Civil Veterinary Dept. Bombay admin report 1893-99 - 1893-1899
Year: 1893
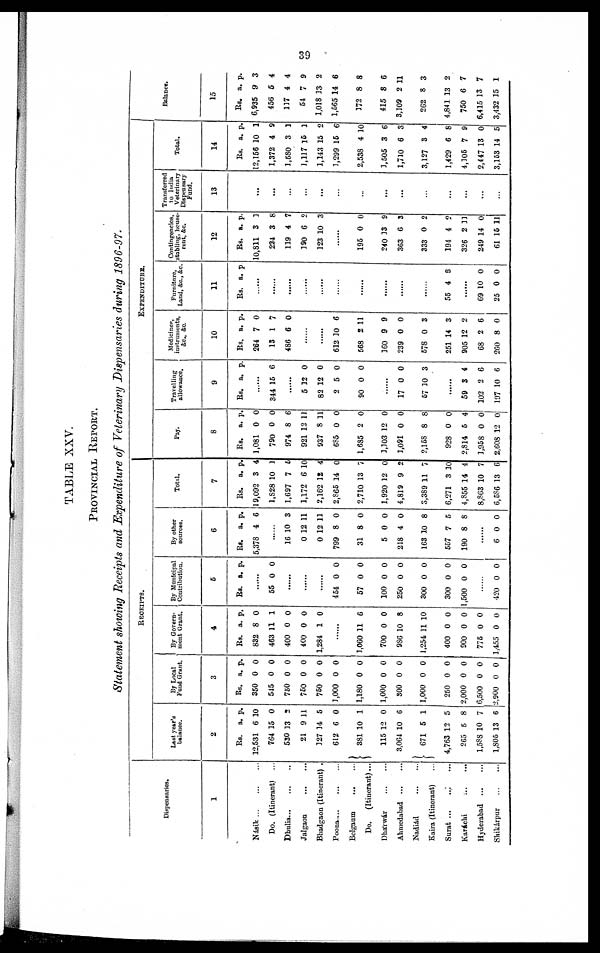
39
TABLE XXV.
PROVINCIAL REPORT.
Statement showing Receipts and Expenditure of Veterinary Dispensaries during 1896-97.
Dispensaries.
1
Násik
...
...
...
Do. (Itinerant) ...
Dhulia ... ... ...
Jalgaon
...
...
Bhadgaon (Itinerant) .
Poona ... ... ...
Belgaum ... ...
Do. (Itinerant) ...
Dhárwár
...
...
Ahmedabad ... ...
Nadiád
...
...
Kaira (Itinerant) ...
Surat ... ... ...
Karáchi
...
...
Hyderabad
...
...
Shikárpur
...
...
RECEIPTS.
Last year's
balance.
2
Rs.
12,531
764
530
21
127
612
381
115
3,064
671
4,763
265
1,588
1,805
a.
6
15
13
9
14
6
10
12
10
5
12
5
10
13
p.
10
0
2
11
5
0
1
0
6
1
5
8
7
6
By Local
Fund Grant.
3
Rs.
350
545
750
750
750
1,000
1,180
1,000
300
1,000
250
2,000
6,500
2,900
a.
0
0
0
0
0
0
0
0
0
0
0
0
0
0
p.
0
0
0
0
0
0
0
0
0
0
0
0
0
0
By Govern-
ment Grant.
4
Rs.
832
463
400
400
1,284
a.
8
11
0
0
1
p.
0
1
0
0
0
......
1,060
700
986
1,254
400
900
775
1,455
11
0
10
11
0
0
0
0
6
0
8
10
0
0
0
0
By Municipal
Contribution.
5
Rs. a. p.
......
55 0 0
......
......
454
57
100
250
300
300
1,500
0
0
0
0
0
0
0
0
0
0
0
0
0
0
420 0 0
By other
sources.
6
Rs.
5,378
a.
4
p.
6
.....
16
0
0
799
31
5
218
163
557
190
10
12
12
8
8
0
4
10
7
8
3
11
11
0
0
0
0
8
5
8
6 0 0
Total.
7
Rs.
19,092
1,828
1,697
1,172
2,162
2,865
2,710
1,920
4,819
3,389
6,271
4,855
8,863
6,586
a.
3
10
7
6
12
14
13
12
9
11
3
14
10
13
p.
4
1
5
10
4
0
7
0
2
7
10
4
7
6
EXPENDITURE.
Pay.
8
Rs.
1,081
790
974
921
937
685
1,685
1,103
1,091
2,158
928
2,814
3,958
2,608
a.
0
0
8
12
8
0
2
12
0
8
0
5
0
12
p.
0
0
6
11
11
0
0
0
0
8
0
4
0
0
Travelling
allowance.
9
Rs. a. p.
344 15 6
......
5
82
2
90
12
12
5
0
0
0
0
0
......
17
57
0
10
0
3
59
102
197
3
2
10
4
6
6
Medicines,
instruments,
&c., &c.
10
Rs.
264
13
486
a.
7
1
6
p.
0
7
0
612
568
360
239
578
251
905
68
260
10
2
9
0
0
14
12
2
8
6
11
9
0
3
3
2
6
0
Furniture,
Land, &c., &c.
11
Rs. a. p.
......
......
......
......
......
......
55 4 3
......
69
25
10
0
0
0
Contingencies,
stabling, house-
rent, &c.
12
Rs.
10,811
224
119
190
123
a.
3
3
4
6
10
p.
1
8
7
2
3
......
195
240
363
333
194
326
249
61
0
13
6
0
4
2
14
15
0
9
3
2
2
11
0
11
Transferred
to India
Veterinary
Dispensary
Fund.
13
...
...
...
...
...
...
...
...
...
...
...
...
...
...
Total.
14
Rs.
12,156
1,372
1,580
1,117
1,143
1,299
2,538
1,505
1,710
3,127
1,429
4,105
2,447
3,153
a.
10
4
3
15
15
15
4
3
6
3
6
7
13
14
p.
1
9
1
3
2
6
10
6
3
4
8
9
0
5
Balance.
15
Rs.
6,935
456
117
54
1,018
1,565
172
415
3,109
262
4,841
750
6,415
3,432
a.
9
5
4
7
13
14
8
8
2
8
13
6
13
15
p.
3
4
4
9
2
6
8
6
11
3
2
7
7
1